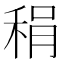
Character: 䅌